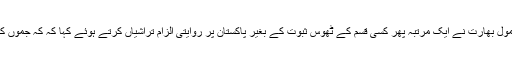
اُردونیٹ پوڈکاسٹ 13 فروری 2018) جمّوں میں بھارتی فوجی کیمپ پر مبینہ حملے پر حسبِ معمول بھارت نے ایک مرتبہ پھر کسی قسم کے ٹھوس ثبوت کے بغیر پاکستان پر روایتی الزام تراشیاں کرتے ہوئے کہا کہ کہ جمّوں کے علاقے سنجوان میں بھارتی فوج کے کیمپ پر حملہ کرنے والوں کو پاکستان کی مدد حاصل تھی۔